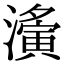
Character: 濥